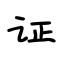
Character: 证